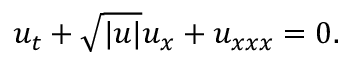
u _ { t } + \sqrt { | u | } u _ { x } + u _ { x x x } = 0 .